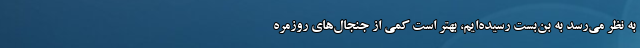
به نظر می‌رسد به بن‌بست رسیده‌ایم، بهتر است کمی از جنجال‌های روزمره